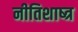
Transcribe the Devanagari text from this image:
नीतिशाष्त्र